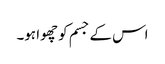
اس کے جسم کو چھوا ہو۔